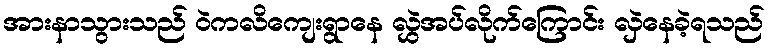
အားနာသွားသည် ဝဲကလိကျေးရွာနေ လွှဲအပ်လိုက်ကြောင်း လှဲနေခဲ့ရသည်